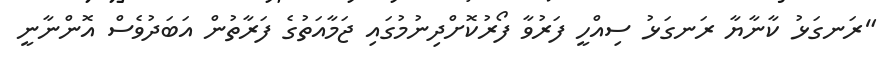
"ރަނގަޅު ކާނާޔާ ރަނގަޅު ސިއްހީ ފަރުވާ ފޯރުކޮށްދިނުމުގައި ޖަމާއަތުގެ ފަރާތުން އަބަދުވެސް އޮންނާނީ